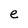
Character: e